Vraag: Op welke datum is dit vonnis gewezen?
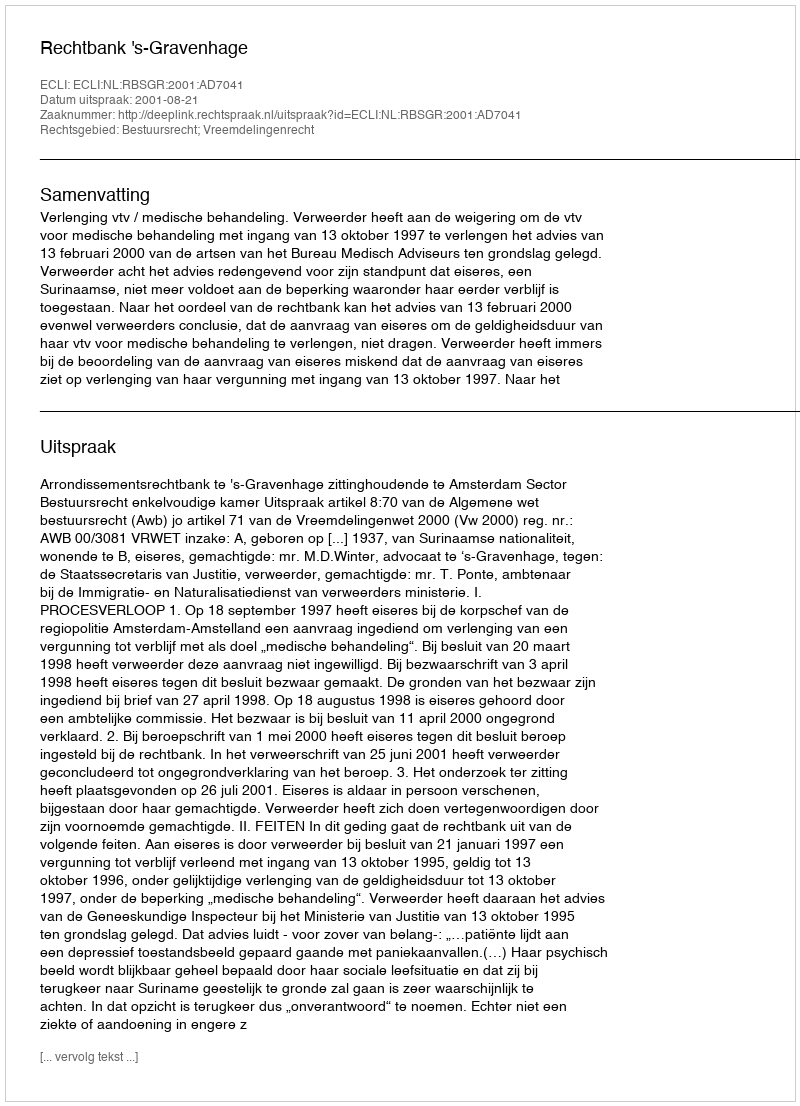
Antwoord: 2001-08-21